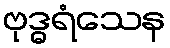
ဗုဒ္ဓရံသေန